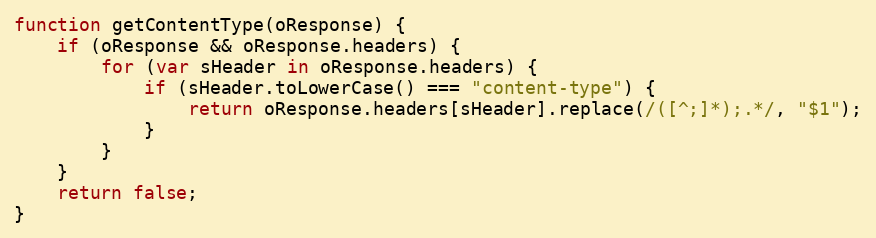
Language: JavaScript
function getContentType(oResponse) {
	if (oResponse && oResponse.headers) {
		for (var sHeader in oResponse.headers) {
			if (sHeader.toLowerCase() === "content-type") {
				return oResponse.headers[sHeader].replace(/([^;]*);.*/, "$1");
			}
		}
	}
	return false;
}